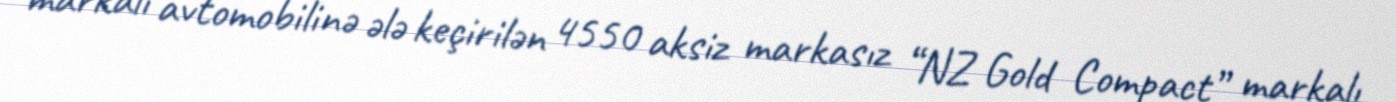
markalı avtomobilinə ələ keçirilən 4550 aksiz markasız “NZ Gold Compact” markalı